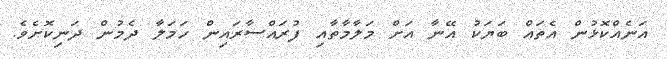
އަނެއްކޮޅުންް އެތައް ބަޔަކު އޭނާ އަށް މަލާމާތާއި ފުރައްސާރައިން ހަމަލާ ދެމުން ދަނިކޮށެވެ.